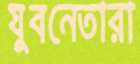
যুবনেতারা